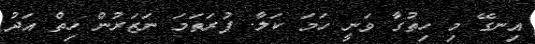
އިނގޭ މި ހިތުގާ ވަނީ ހަމަ ކަލާ. ފުރަތަަމަ ނަޒަރުން ހިތް އަދު